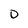
Character: D